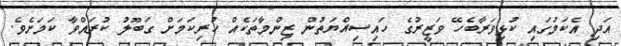
އަަދި އެކަމުގައި ކުޅިވަރާބެހޭ ވަޒީރުގެ ހައިސިއްޔަތުން ޒިންމާތަކެއް ހުރިކަމަށް ގަބޫލު ކުރައްވާ ކަމަށެވެ.